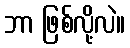
ဘာ ဖြစ်လို့လဲ။